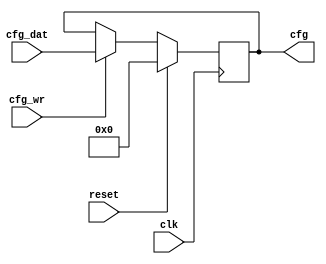
module ra_cfg #(

   parameter GENMODE = 0,      // 0=NoDelay, 1=Delay
   parameter INIT = 0

) (
    input         clk,
    input         reset,
    input         cfg_wr,
    input  [0:31] cfg_dat,
    output [0:31] cfg

);

   reg    [0:31] cfg_q;
   wire   [0:31] cfg_d;

   // ff
   always @ (posedge clk) begin
      if (reset)
         cfg_q <= INIT;
      else
         cfg_q <= cfg_d;
   end

   // do something
   assign cfg_d = (cfg_wr) ? cfg_dat : cfg_q;

   // outputs
   assign cfg = cfg_q;

endmodule